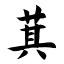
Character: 萁